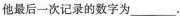
他的投掷过程就结束了，所有记录下的数字之和为47.那么